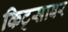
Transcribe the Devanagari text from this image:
किट्साबर